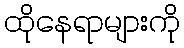
ထိုနေရာများကို